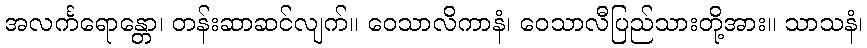
အလင်္ကရောန္တော၊ တန်းဆာဆင်လျက်။ ဝေသာလိကာနံ၊ ဝေသာလီပြည်သားတို့အား။ သာသနံ၊